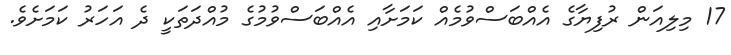
17 މިލިއަން ރުފިޔާގެ އެއްބަސްވުމެއް ކަމަށާއި އެއްބަސްވުމުގެ މުއްދަތަކީ ދެ އަހަރު ކަމަށެވެ.